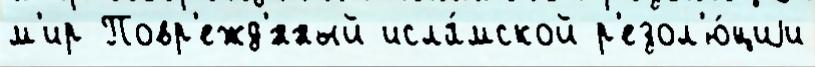
м'ир Повр'ежд'́нный исла́мской р'езол'ю́циjи